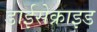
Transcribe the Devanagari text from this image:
डाईसेक्राइड